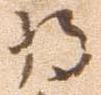
将